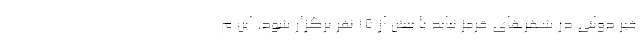
غیر دولتی در شهرهای قرمز نباید با بیش از ۱۵ نفر برگزار شود. این م